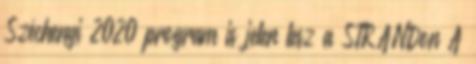
Széchenyi 2020 program is jelen lesz a STRANDon A